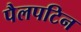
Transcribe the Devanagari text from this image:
पैलपटिन